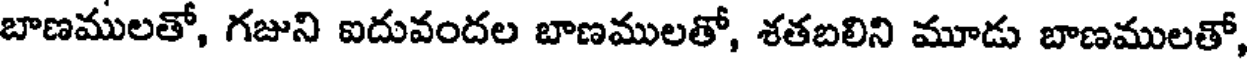
బాణములతో, గజుని ఐదువందల బాణములతో, శతబలిని మూడు బాణములతో,